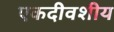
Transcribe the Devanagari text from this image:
एकदीवशीय